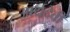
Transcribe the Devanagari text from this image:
आर्यदेवी